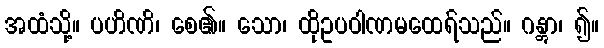
အထံသို့။ ပဟိဏိ၊ စေ၏။ သော၊ ထိုဥပဝါဏမထေရ်သည်။ ဂန္တွာ၊ ၍။